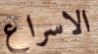
الاسراع